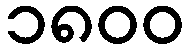
၁၈၀၀